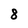
Character: 8